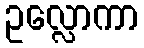
ဥလ္လောကာ